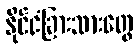
နိုင်ငံခြားသားတွေ